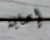
إصابة